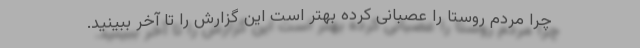
چرا مردم روستا را عصبانی کرده بهتر است این گزارش را تا آخر ببینید.